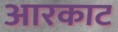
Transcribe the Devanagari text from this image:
आरकाट